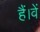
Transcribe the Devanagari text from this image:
हैं।वें